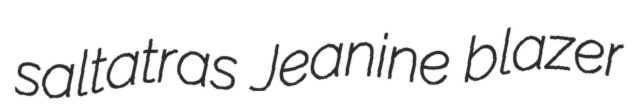
saltatras Jeanine blazer